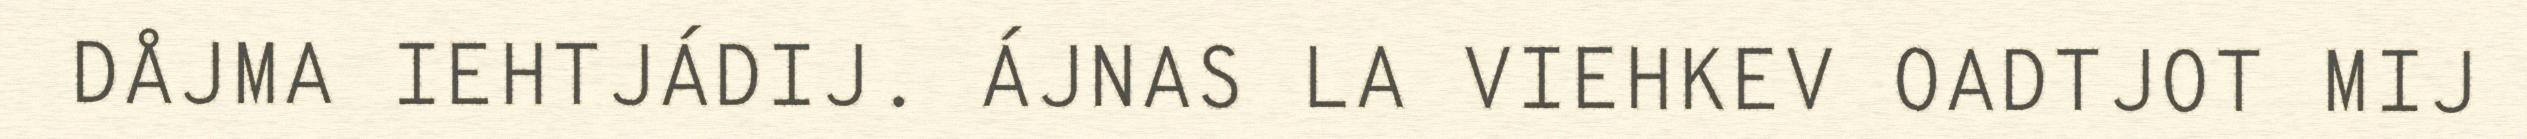
DÅJMA IEHTJÁDIJ. ÁJNAS LA VIEHKEV OADTJOT MIJ